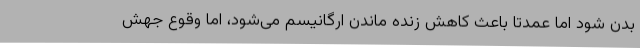
بدن شود اما عمدتا باعث کاهش زنده ماندن ارگانیسم می‌شود، اما وقوع جهش